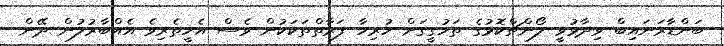
ބަންޑާރަނައިބް ވިދާޅުވީ ލޯންޗްކޮޅުގެ ތަހުގީގަށް ހުރިހާ ފަރާތްތަކަކުން ވެސް އެހީތެރިވެ އެއްބާރުލުން ދޭން